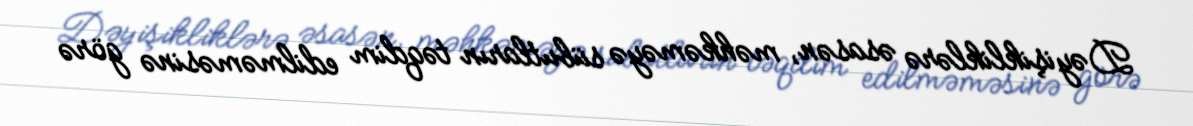
Dəyişikliklərə əsasən, məhkəməyə sübutların təqdim edilməməsinə görə